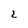
Character: 2